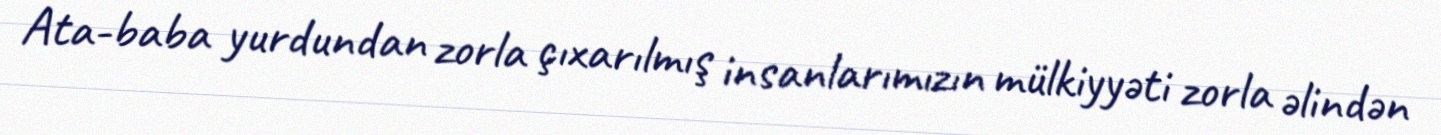
Ata-baba yurdundan zorla çıxarılmış insanlarımızın mülkiyyəti zorla əlindən